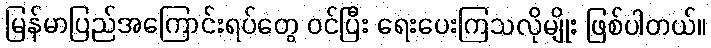
မြန်မာပြည်အကြောင်းရပ်တွေ ဝင်ပြီး ရေးပေးကြသလိုမျိုး ဖြစ်ပါတယ်။